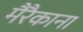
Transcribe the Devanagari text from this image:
मैरैकाना